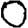
Digit: 0